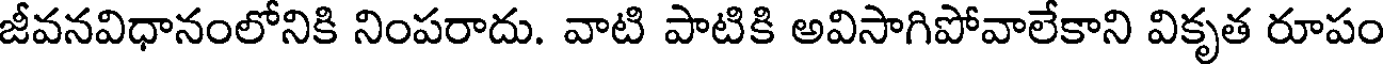
జీవనవిధానంలోనికి నింపరాదు. వాటి పాటికి అవిసాగిపోవాలేకాని వికృత రూపం